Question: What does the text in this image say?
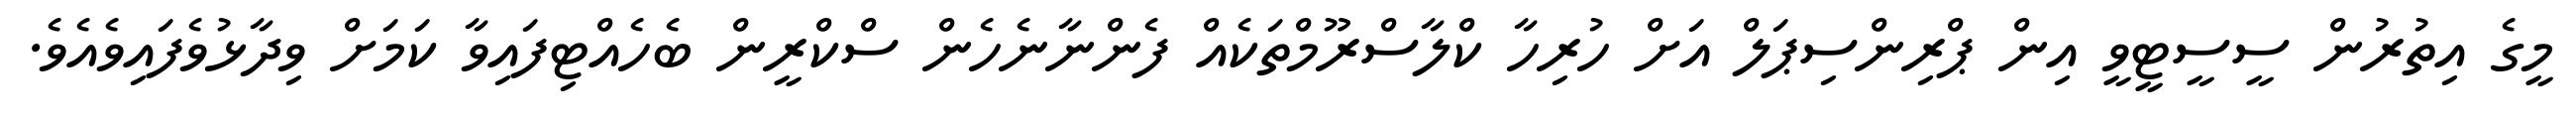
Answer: މީގެ އިތުރުން ސީސީޓީވީ އިން ޕްރިންސިޕަލް އަށް ހުރިހާ ކްލާސްރޫމްތަކެއް ފެންނާނެހެން ސްކްރީން ބެހެއްޓިފައިވާ ކަމަށް ވިދާޅުވެފައިވެއެވެ.